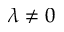
\lambda \neq 0